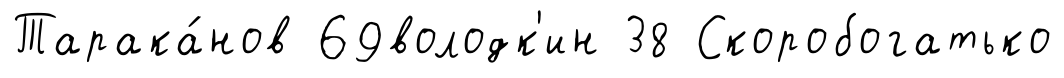
Тарака́нов 69володк'ин 38 Скоробогатько